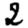
Digit: 2